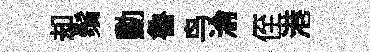
却鬚勳魯鸟淪侄港